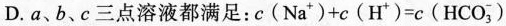
D.a、b、c三点溶液都满足：$$c ( N a ^ { + } ) + c ( H ^ { + } ) = c (H C O _ { 3 } ^ { - } )